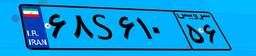
۲۱S۹۸۴۶۷